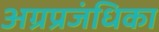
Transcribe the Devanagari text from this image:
अग्रप्रजंधिका